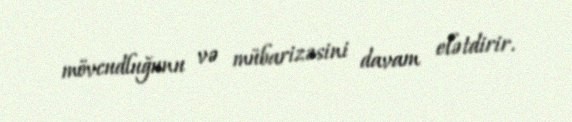
mövcudluğunu və mübarizəsini davam elətdirir.